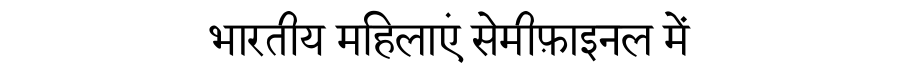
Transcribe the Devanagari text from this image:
भारतीय महिलाएं सेमीफ़ाइनल में